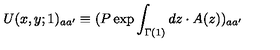
U ( x , y ; 1 ) _ { a a ^ { \prime } } \equiv ( P \exp \int _ { \Gamma ( 1 ) } d z \cdot A ( z ) ) _ { a a ^ { \prime } }